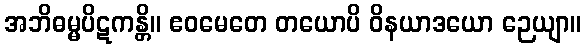
အဘိဓမ္မပိဋကန္တိ။ ဧဝမေတေ တယောပိ ဝိနယာဒယော ဉေယျာ။